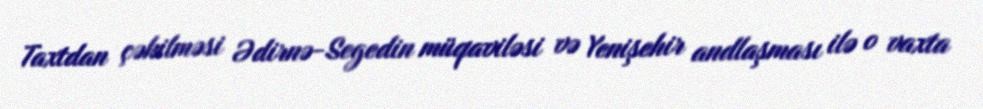
Taxtdan çəkilməsi Ədirnə-Segedin müqaviləsi və Yenişehir andlaşması ilə o vaxta